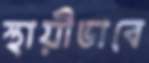
স্থায়ীভাবে